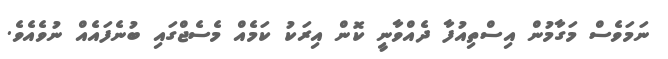
ނަމަވެސް މަގާމުން އިސްތިއުފާ ދެއްވާނީ ކޮން އިރަކު ކަމެއް މެސެޖްގައި ބުނެފައެއް ނުވެއެވެ.